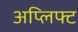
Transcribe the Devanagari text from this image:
अप्लिफ्ट